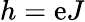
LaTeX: h=\mathrm{e}J